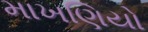
માખણિયો